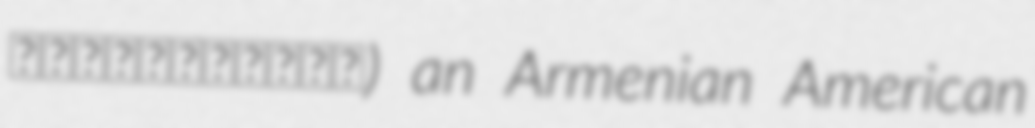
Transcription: յանձնախումբ) an Armenian American